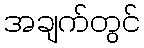
အချက်တွင်